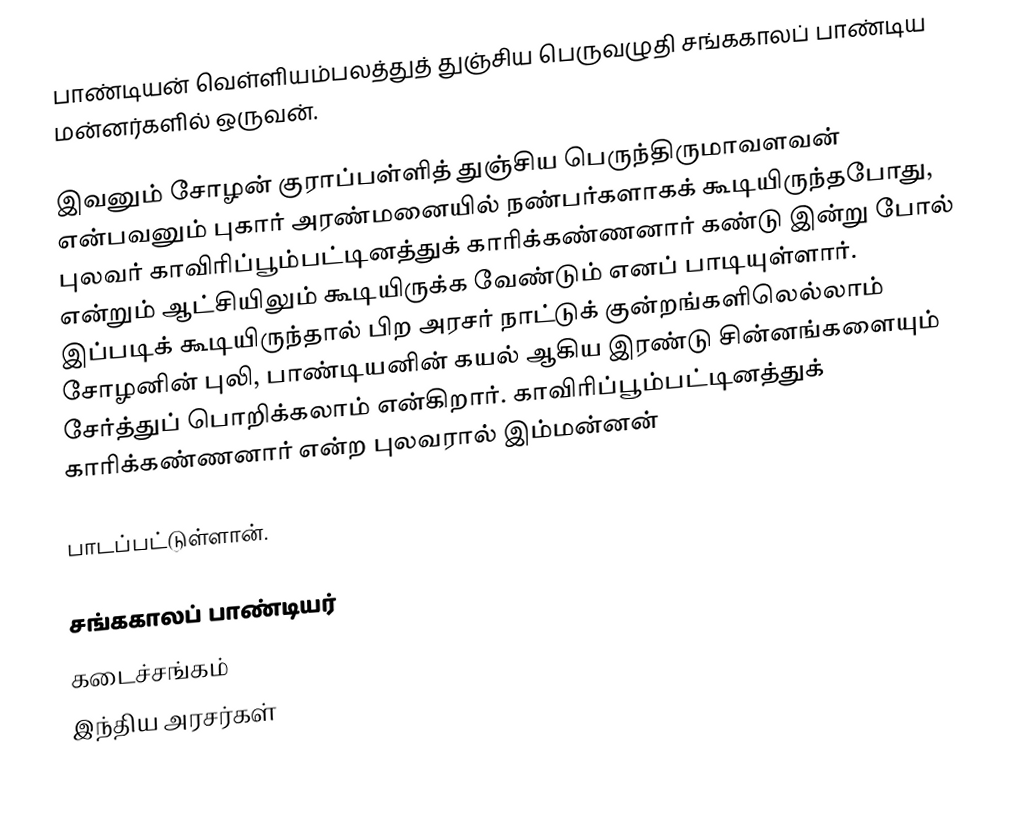
பாண்டியன் வெள்ளியம்பலத்துத் துஞ்சிய பெருவழுதி சங்ககாலப் பாண்டிய மன்னர்களில் ஒருவன்.

இவனும் சோழன் குராப்பள்ளித் துஞ்சிய பெருந்திருமாவளவன் என்பவனும் புகார் அரண்மனையில் நண்பர்களாகக் கூடியிருந்தபோது, புலவர் காவிரிப்பூம்பட்டினத்துக் காரிக்கண்ணனார் கண்டு இன்று போல் என்றும் ஆட்சியிலும் கூடியிருக்க வேண்டும் எனப் பாடியுள்ளார். இப்படிக் கூடியிருந்தால் பிற அரசர் நாட்டுக் குன்றங்களிலெல்லாம் சோழனின் புலி, பாண்டியனின் கயல் ஆகிய இரண்டு சின்னங்களையும் சேர்த்துப்  பொறிக்கலாம் என்கிறார். காவிரிப்பூம்பட்டினத்துக் காரிக்கண்ணனார் என்ற புலவரால் இம்மன்னன்

பாடப்பட்டுள்ளான்.

சங்ககாலப் பாண்டியர்
கடைச்சங்கம்
இந்திய அரசர்கள்